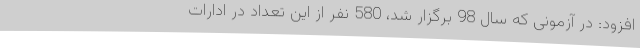
افزود: در آزمونی که سال 98 برگزار شد، 580 نفر از این تعداد در ادارات